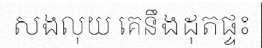
សងលុយ គេនឹងដុតផ្ទះ